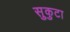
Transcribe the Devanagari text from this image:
सुकुटा